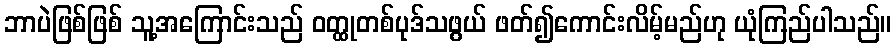
ဘာပဲဖြစ်ဖြစ် သူ့အကြောင်းသည် ဝတ္ထုတစ်ပုဒ်သဖွယ် ဖတ်၍ကောင်းလိမ့်မည်ဟု ယုံကြည်ပါသည်။